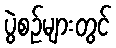
ပွဲစဉ်များတွင်